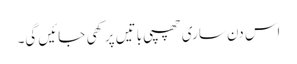
اس دن ساری چھپی باتیں پرکھی جائیں گی۔